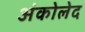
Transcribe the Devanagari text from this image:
अंकोलेद